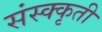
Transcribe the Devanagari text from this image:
संस्क्कृती